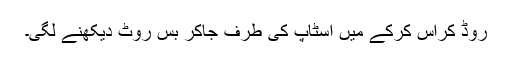
روڈ کراس کرکے میں اسٹاپ کی طرف جاکر بس روٹ دیکھنے لگی۔